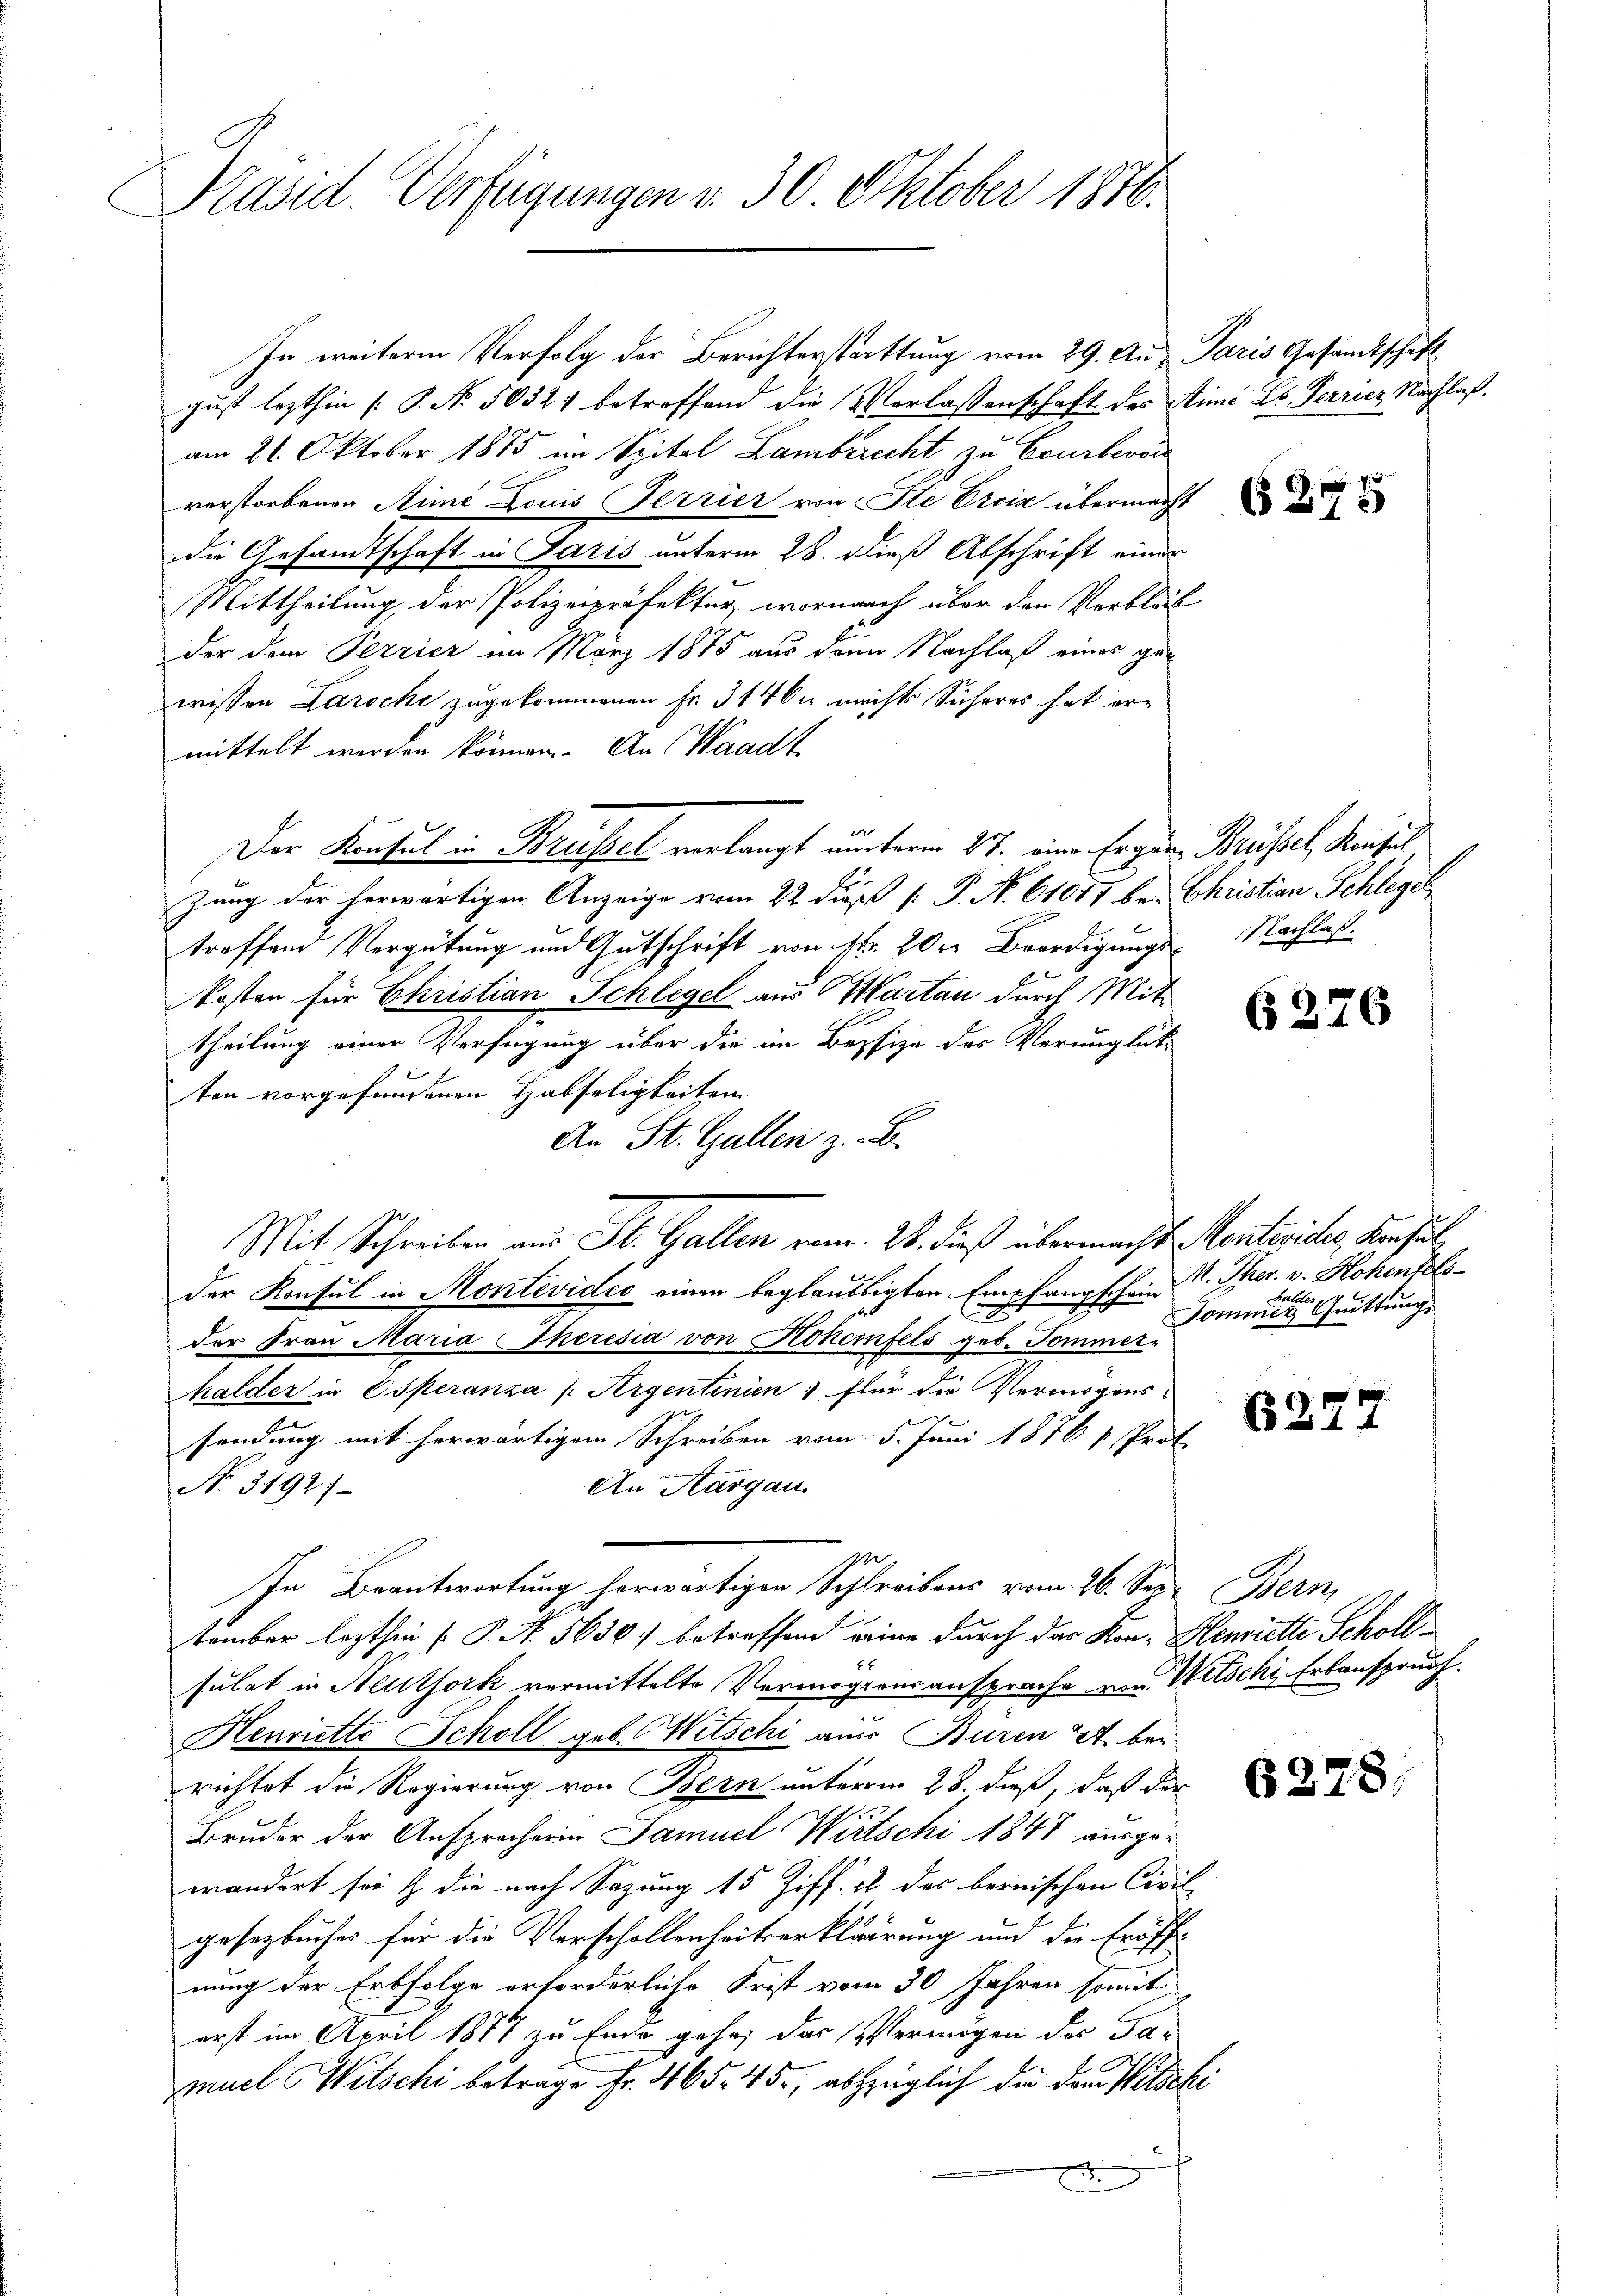
Präsid. Verfügungen v. 30. Oktober 1876.

In weitere Verfolg der Berichterstattung vom 29. Aus Paris Gesandtschaft
gust lezthin [P. Nr. 50327 betreffend die Verlassenschaft des Simi Lb. Terricz Nachlaß.
am 21. Oktober 1885 im Spitel Lamberecht zu Crurbersi
verstorbenen Stime Louis Terrier von Ste Ereia übermacht
die Gesandtschaft in Paris unterm 28. dieß Abschrift einer
Mittheilung der Polizeipräfekter wornach über den Verbleib
der dem Perrier im März 1875 aus dem Nachlaß eines ge-
wissen Laroche zugekommenen Fr. 31464 nichts Sicheres hat ermittelt werden können. An Waadt
e
Der Konsul in Brüssel verlangt unterm 27. eine Ergen Brüssel, Konsul
zung der herwärtigen Anzeige vom 22. dieß [ P. N. 61077 be- Christian Schlegel
treffend Vergütung und Gutschrift von str. 20. Beerdigungs- Nachlaß
Kosten für Christian Schlegel aus Martan durch Mittheilung einer Verfügung über die im Besize des Verunglüke
ten vorgefundenen Habseligkeiten
An St. Gallen z. B.
Mit Schreiben aus St. Gallen vom 28. dieß übermacht Monterichs, Konsul
der Konsul in Montevideo einen beglaubtigten Empfangscheint. Ther. v. Hohenfelsder Frau Maria Theresia von Hoheifels geb. Sommer-
halder in Operanza (Argentinien ; für die Vermögens-
sendung mit herwärtigen Schreiben vom 5. Juni 1876 & Prot
An Aargau.
No. 3192)
ge
In Beantwortung herwärtigen Schreibens vom 26. See. Bern,
2
tember lezthin (P. Nr. 5630. betreffend eine durch das Kon- Henriette Scholl¬
2x
sulat in Neuthork vermittelte Vermögensansprache von Witschi, Erbanspruch.
Henriette Scholl geb. Witschi aus Buren 24. bei
richtet die Regierung von Bern unterm 28. dieß, daß der
Bruder der Ansprocherin Samuel Wirtschi 1848 ausgewandert sei & die nach Sazung 15 Ziff. 2 der bernischen Civil-
gesetzbuches für die Vorschollenheitserklärung und die Eröff-
nung der Erbfolge erforderliche Frist vom 30 Jahren somit
erst im April 1877 zu Ende gehe, das Vermögen des Tamuel Witschi betrage Fr. 465. 45., abzüglich die dann Witschi

.

6276

halder
Sommer Quittung

B22

6278